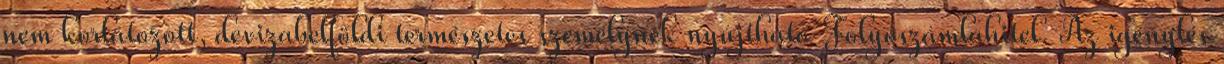
nem korlátozott, devizabelföldi természetes személynek nyújtható Folyószámlahitel. Az igénylés